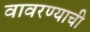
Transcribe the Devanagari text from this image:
वावरण्याची